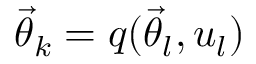
\ensuremath { \vec { \theta } } _ { k } = q ( \ensuremath { \vec { \theta } } _ { l } , u _ { l } )